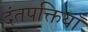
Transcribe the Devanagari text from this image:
दंतपक्तियाँ